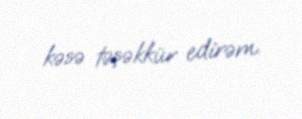
kəsə təşəkkür edirəm.